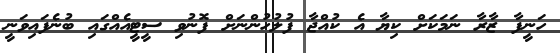
ހަނީފާ ޒާރާ ނަމަކަށް ކިޔާ އެ ކުއްޖާ ފުލުހުންނަށް ފޮނުވި ސީޓީއެއްގައި ބުނެފައިވަނީ